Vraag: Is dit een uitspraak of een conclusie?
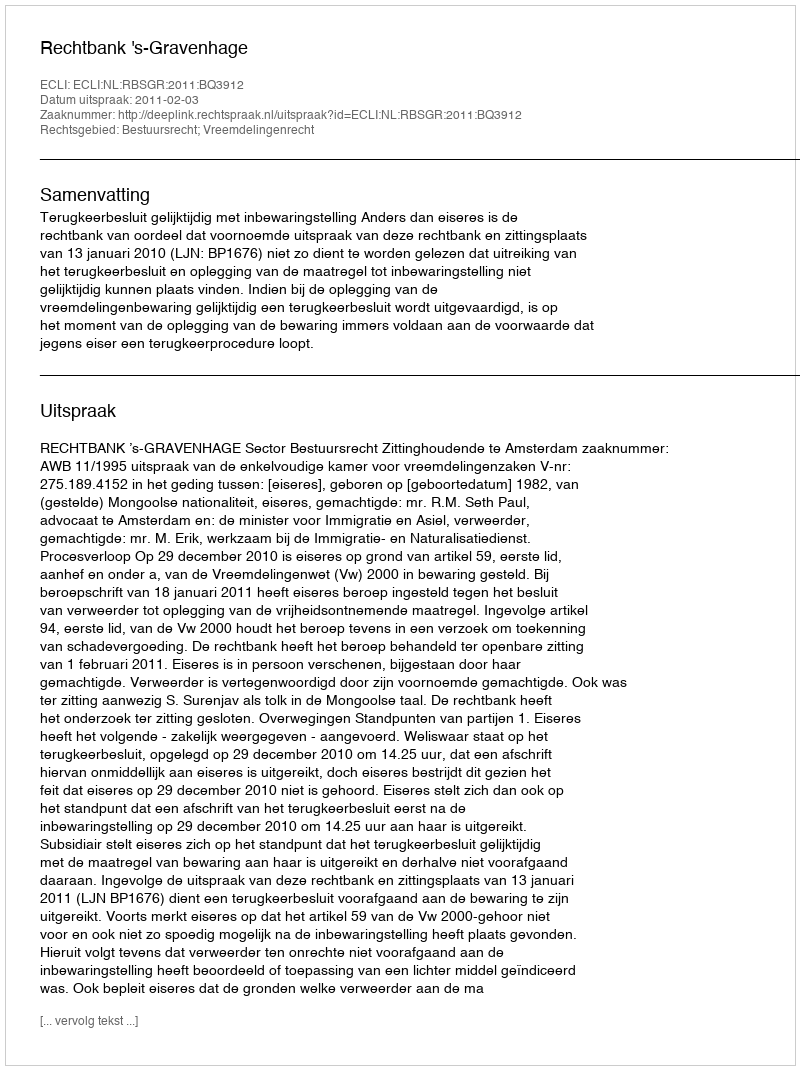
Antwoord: Uitspraak